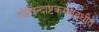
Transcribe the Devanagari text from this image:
गोविन्दाष्टकमेतदधीते